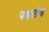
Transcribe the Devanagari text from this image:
पडलंय